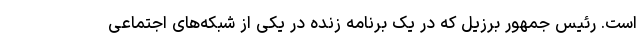
است. رئیس جمهور برزیل که در یک برنامه زنده در یکی از شبکه‌های اجتماعی